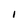
Character: I